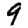
Digit: 9